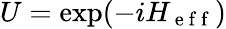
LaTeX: U=\exp(-iH_{\mathrm{~e~f~f~}})